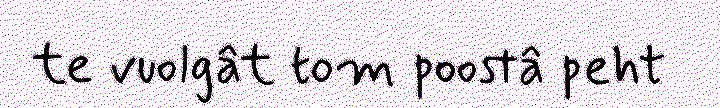
te vuolgât tom poostâ peht